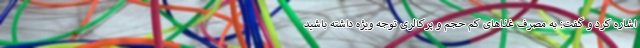
اشاره کرد و گفت: به مصرف غذاهای کم حجم و پرکالری توجه ویژه داشته باشید